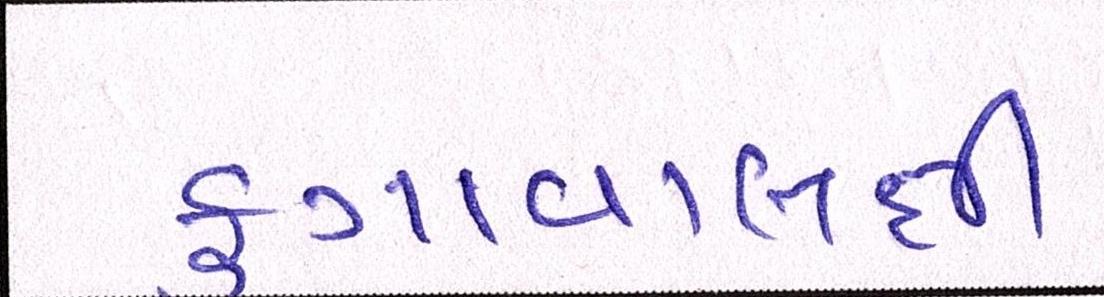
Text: ફુગાવાલક્ષી